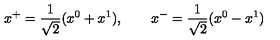
x ^ { + } = \frac { 1 } { \sqrt { 2 } } ( x ^ { 0 } + x ^ { 1 } ) , \qquad x ^ { - } = \frac { 1 } { \sqrt { 2 } } ( x ^ { 0 } - x ^ { 1 } )